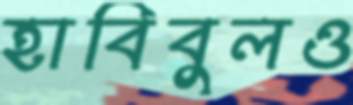
হাবিবুলও